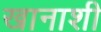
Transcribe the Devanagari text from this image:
खानाशी